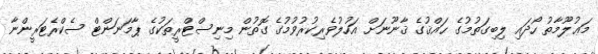
މަޢުލޫމާތު ހޯދައި ލިބިގަތުމުގެ ޙައްޤުގެ ޤާނޫނަށް އަހުލުވެރިކުރުވުމުގެ ގޮތުން މިނިސްޓްރީތަކުގެ ޕާމަނަންޓް ސެކްރެޓަރީންނާ